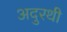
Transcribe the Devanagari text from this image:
अदुरथी